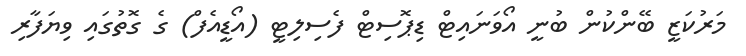
މަރުކަޒީ ބޭންކުން ބުނީ އޯވަނައިޓް ޑިޕޮސިޓް ފެސިލިޓީ (އޯޑީއެފް) ގެ ގޮތުގައި ވިޔަފާރި